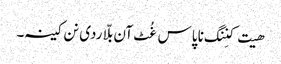
ھیت کنِنگ نا پاس غُٹ آن بلّا ردی نن کینہ۔